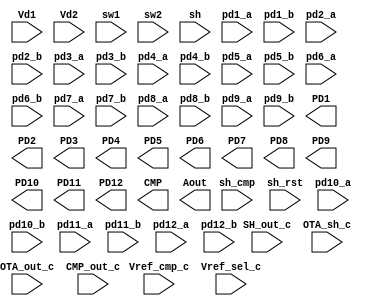
`default_nettype none

module SystemLevel(
`ifdef USE_POWER_PINS
    input   VDD,
    input   VSS,
    input   Ibias,
`endif
      
    input   OTA_out_c,    
    input   SH_out_c,
    input   Vref_cmp_c,
    input   OTA_sh_c,
    input   CMP_out_c,
    input   Vref_sel_c,
    input   Vd1,  
    input   Vd2,
    input   sw1,
    input   sw2,
    input   sh,
    input   sh_cmp,
    input   sh_rst,

    input   pd1_a,
    input   pd1_b,
    input   pd2_a,
    input   pd2_b,
    input   pd3_a,
    input   pd3_b,
    input   pd4_a,
    input   pd4_b,
    input   pd5_a,
    input   pd5_b,
    input   pd6_a,
    input   pd6_b,
    input   pd7_a,
    input   pd7_b,
    input   pd8_a,
    input   pd8_b,
    input   pd9_a,
    input   pd9_b,
    input   pd10_a,
    input   pd10_b,
    input   pd11_a,
    input   pd11_b,
    input   pd12_a,
    input   pd12_b,

    output  PD1,
    output  PD2,
    output  PD3,
    output  PD4,
    output  PD5,
    output  PD6,
    output  PD7,
    output  PD8,
    output  PD9,
    output  PD10,
    output  PD11,
    output  PD12,
    output  CMP,
    output  Aout

);



endmodule
`default_nettype wire